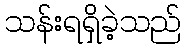
သန်းရရှိခဲ့သည်